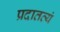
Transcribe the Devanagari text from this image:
प्रदातव्यं